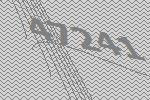
47241